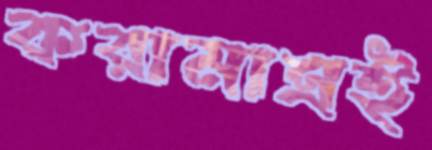
করামাত্রই